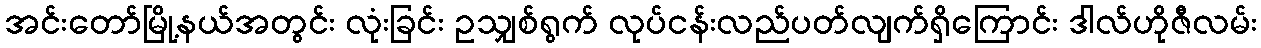
အင်းတော်မြို့နယ်အတွင်း လုံးခြင်း ဥသျှစ်ရွက် လုပ်ငန်းလည်ပတ်လျက်ရှိကြောင်း ဒါလ်ဟိုဇီလမ်း